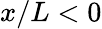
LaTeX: x/L<0